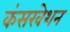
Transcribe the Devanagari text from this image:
कंसरवेशन